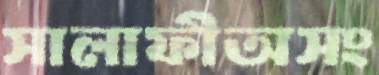
সালাফীঅসং